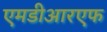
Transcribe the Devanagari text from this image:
एमडीआरएफ